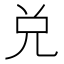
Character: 兑